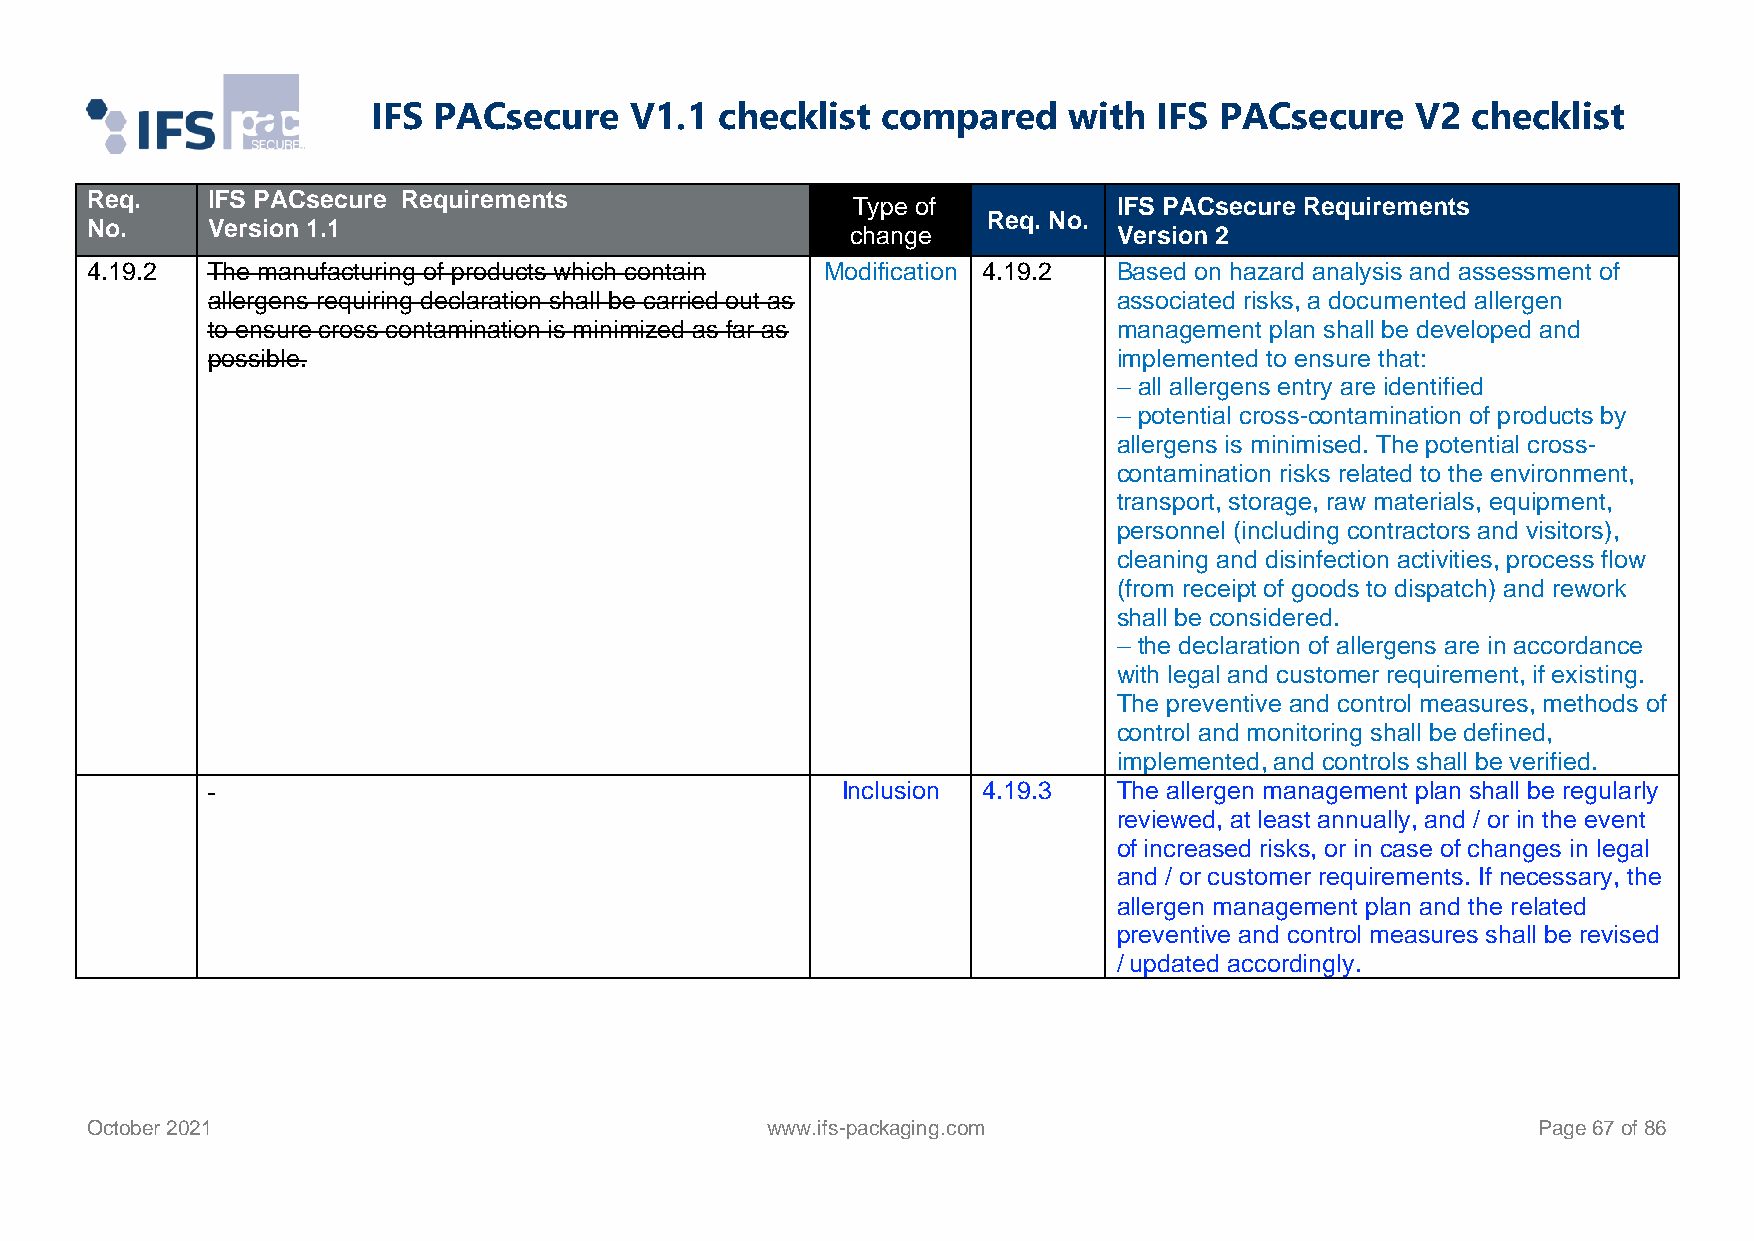
IFS PACsecure    V1.1  checklist compared     with  IFS PACsecure    V2 checklist
 Req.    IFS PACsecure Requirements
 Type of           IFS PACsecure Requirements
 Req. No.
 No.     Version 1.1                               change            Version 2
 4.19.2  The manufacturing of products which contain Modification 4.19.2 Based on hazard analysis and assessment of
 allergens requiring declaration shall be carried out as     associated risks, a documented allergen
 to ensure cross contamination is minimized as far as        management plan shall be developed and
 possible.                                                   implemented to ensure that:
 – all allergens entry are identified
 – potential cross-contamination of products by
 allergens is minimised. The potential cross-
 contamination risks related to the environment,
 transport, storage, raw materials, equipment,
 personnel (including contractors and visitors),
 cleaning and disinfection activities, process flow
 (from receipt of goods to dispatch) and rework
 shall be considered.
 – the declaration of allergens are in accordance
 with legal and customer requirement, if existing.
 The preventive and control measures, methods of
 control and monitoring shall be defined,
 implemented, and controls shall be verified.
 Inclusion 4.19.3  The allergen management plan shall be regularly
 reviewed, at least annually, and / or in the event
 of increased risks, or in case of changes in legal
 and / or customer requirements. If necessary, the
 allergen management plan and the related
 preventive and control measures shall be revised
 / updated accordingly.
 October 2021                                 www.ifs-packaging.com                              Page 67 of 86